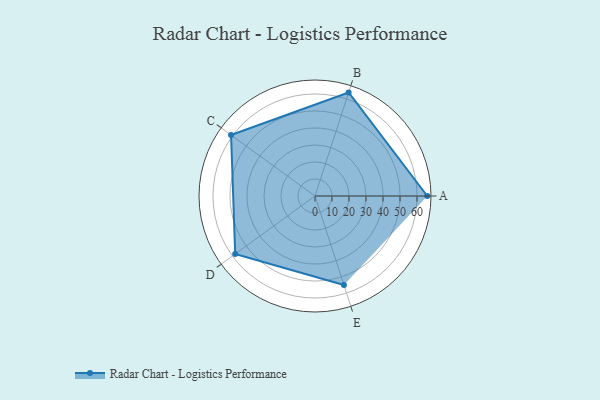
{"axis": {"x": "Skill", "y": "Score"}, "legend": ["Profile"], "data": [{"x": "A", "y": 66.0, "type": "Profile"}, {"x": "B", "y": 64.0, "type": "Profile"}, {"x": "C", "y": 61.0, "type": "Profile"}, {"x": "D", "y": 58.0, "type": "Profile"}, {"x": "E", "y": 55.0, "type": "Profile"}]}